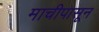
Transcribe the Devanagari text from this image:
माचीपासून